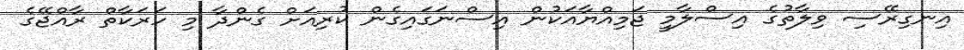
އިނގިރޭސި ވިލާތުގެ އިސްލާމީ ޖަމިއްޔާއަކުން އިސްނަގައިގެން ކުރިއަށް ގެންދާ މި ހަރަކާތް ރާާއްޖޭގެ